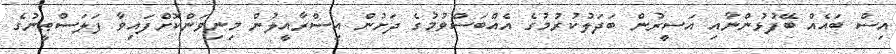
އިސް ބައެއް ބޭފުޅުންނާއި އަސީރުން ބަދަލުކުރުމުގެ އެއްބަސްވުމުގެ ދަށުން އިސްރާއީލުން މިނިވަންކޮށްފައިވާ ފަލަސްޠީނުގެ